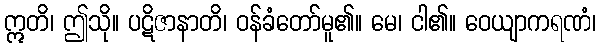
ဣတိ၊ ဤသို။ ပဋိဇာနာတိ၊ ဝန်ခံတော်မူ၏။ မေ၊ ငါ၏။ ဝေယျာကရဏံ၊